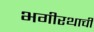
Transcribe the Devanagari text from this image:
भगीरथाची